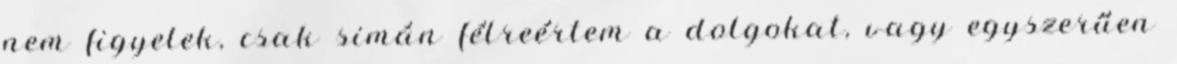
nem figyelek, csak simán félreértem a dolgokat, vagy egyszerűen